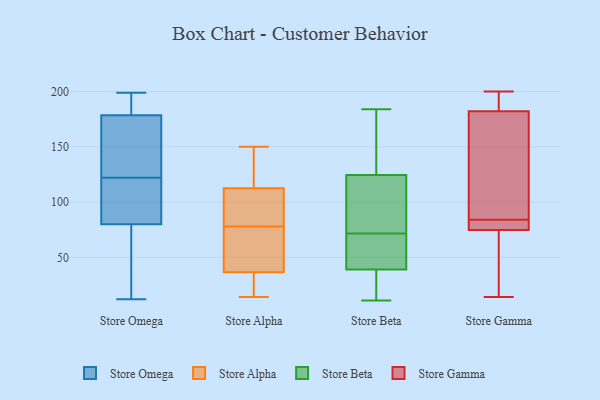
{"axis": {"x": "Market Share (%)", "y": "Value"}, "legend": ["Store Alpha", "Store Beta", "Store Gamma", "Store Omega"], "data": [{"x": "", "y": 122, "type": "Store Omega"}, {"x": "", "y": 199, "type": "Store Omega"}, {"x": "", "y": 189, "type": "Store Omega"}, {"x": "", "y": 86, "type": "Store Omega"}, {"x": "", "y": 17, "type": "Store Omega"}, {"x": "", "y": 120, "type": "Store Omega"}, {"x": "", "y": 89, "type": "Store Omega"}, {"x": "", "y": 12, "type": "Store Omega"}, {"x": "", "y": 122, "type": "Store Omega"}, {"x": "", "y": 193, "type": "Store Omega"}, {"x": "", "y": 33, "type": "Store Omega"}, {"x": "", "y": 139, "type": "Store Omega"}, {"x": "", "y": 126, "type": "Store Omega"}, {"x": "", "y": 158, "type": "Store Omega"}, {"x": "", "y": 175, "type": "Store Omega"}, {"x": "", "y": 62, "type": "Store Omega"}, {"x": "", "y": 194, "type": "Store Omega"}, {"x": "", "y": 147, "type": "Store Alpha"}, {"x": "", "y": 35, "type": "Store Alpha"}, {"x": "", "y": 56, "type": "Store Alpha"}, {"x": "", "y": 37, "type": "Store Alpha"}, {"x": "", "y": 102, "type": "Store Alpha"}, {"x": "", "y": 14, "type": "Store Alpha"}, {"x": "", "y": 132, "type": "Store Alpha"}, {"x": "", "y": 78, "type": "Store Alpha"}, {"x": "", "y": 41, "type": "Store Alpha"}, {"x": "", "y": 18, "type": "Store Alpha"}, {"x": "", "y": 104, "type": "Store Alpha"}, {"x": "", "y": 106, "type": "Store Alpha"}, {"x": "", "y": 150, "type": "Store Alpha"}, {"x": "", "y": 68, "type": "Store Beta"}, {"x": "", "y": 48, "type": "Store Beta"}, {"x": "", "y": 32, "type": "Store Beta"}, {"x": "", "y": 66, "type": "Store Beta"}, {"x": "", "y": 19, "type": "Store Beta"}, {"x": "", "y": 105, "type": "Store Beta"}, {"x": "", "y": 184, "type": "Store Beta"}, {"x": "", "y": 127, "type": "Store Beta"}, {"x": "", "y": 155, "type": "Store Beta"}, {"x": "", "y": 42, "type": "Store Beta"}, {"x": "", "y": 75, "type": "Store Beta"}, {"x": "", "y": 122, "type": "Store Beta"}, {"x": "", "y": 11, "type": "Store Beta"}, {"x": "", "y": 62, "type": "Store Beta"}, {"x": "", "y": 36, "type": "Store Beta"}, {"x": "", "y": 92, "type": "Store Beta"}, {"x": "", "y": 184, "type": "Store Beta"}, {"x": "", "y": 26, "type": "Store Beta"}, {"x": "", "y": 115, "type": "Store Beta"}, {"x": "", "y": 161, "type": "Store Beta"}, {"x": "", "y": 83, "type": "Store Gamma"}, {"x": "", "y": 66, "type": "Store Gamma"}, {"x": "", "y": 184, "type": "Store Gamma"}, {"x": "", "y": 177, "type": "Store Gamma"}, {"x": "", "y": 84, "type": "Store Gamma"}, {"x": "", "y": 83, "type": "Store Gamma"}, {"x": "", "y": 136, "type": "Store Gamma"}, {"x": "", "y": 23, "type": "Store Gamma"}, {"x": "", "y": 14, "type": "Store Gamma"}, {"x": "", "y": 186, "type": "Store Gamma"}, {"x": "", "y": 77, "type": "Store Gamma"}, {"x": "", "y": 91, "type": "Store Gamma"}, {"x": "", "y": 200, "type": "Store Gamma"}, {"x": "", "y": 184, "type": "Store Gamma"}, {"x": "", "y": 74, "type": "Store Gamma"}]}